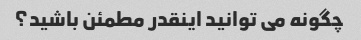
چگونه می توانید اینقدر مطمئن باشید؟